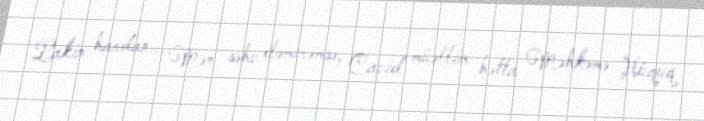
Lakin hardan... Mən səhv eləmirəmsə, Cavid müəllim hətta Məhkəmə Hüquq